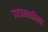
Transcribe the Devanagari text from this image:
उपजमातीला